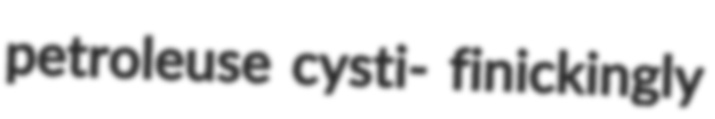
petroleuse cysti- finickingly